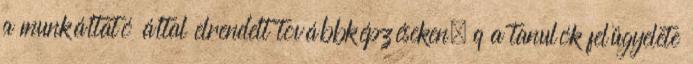
a munkáltató által elrendelt továbbképzéseken, q a tanulók felügyelete